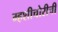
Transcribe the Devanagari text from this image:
म्हशीचोरीची